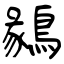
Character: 鶨